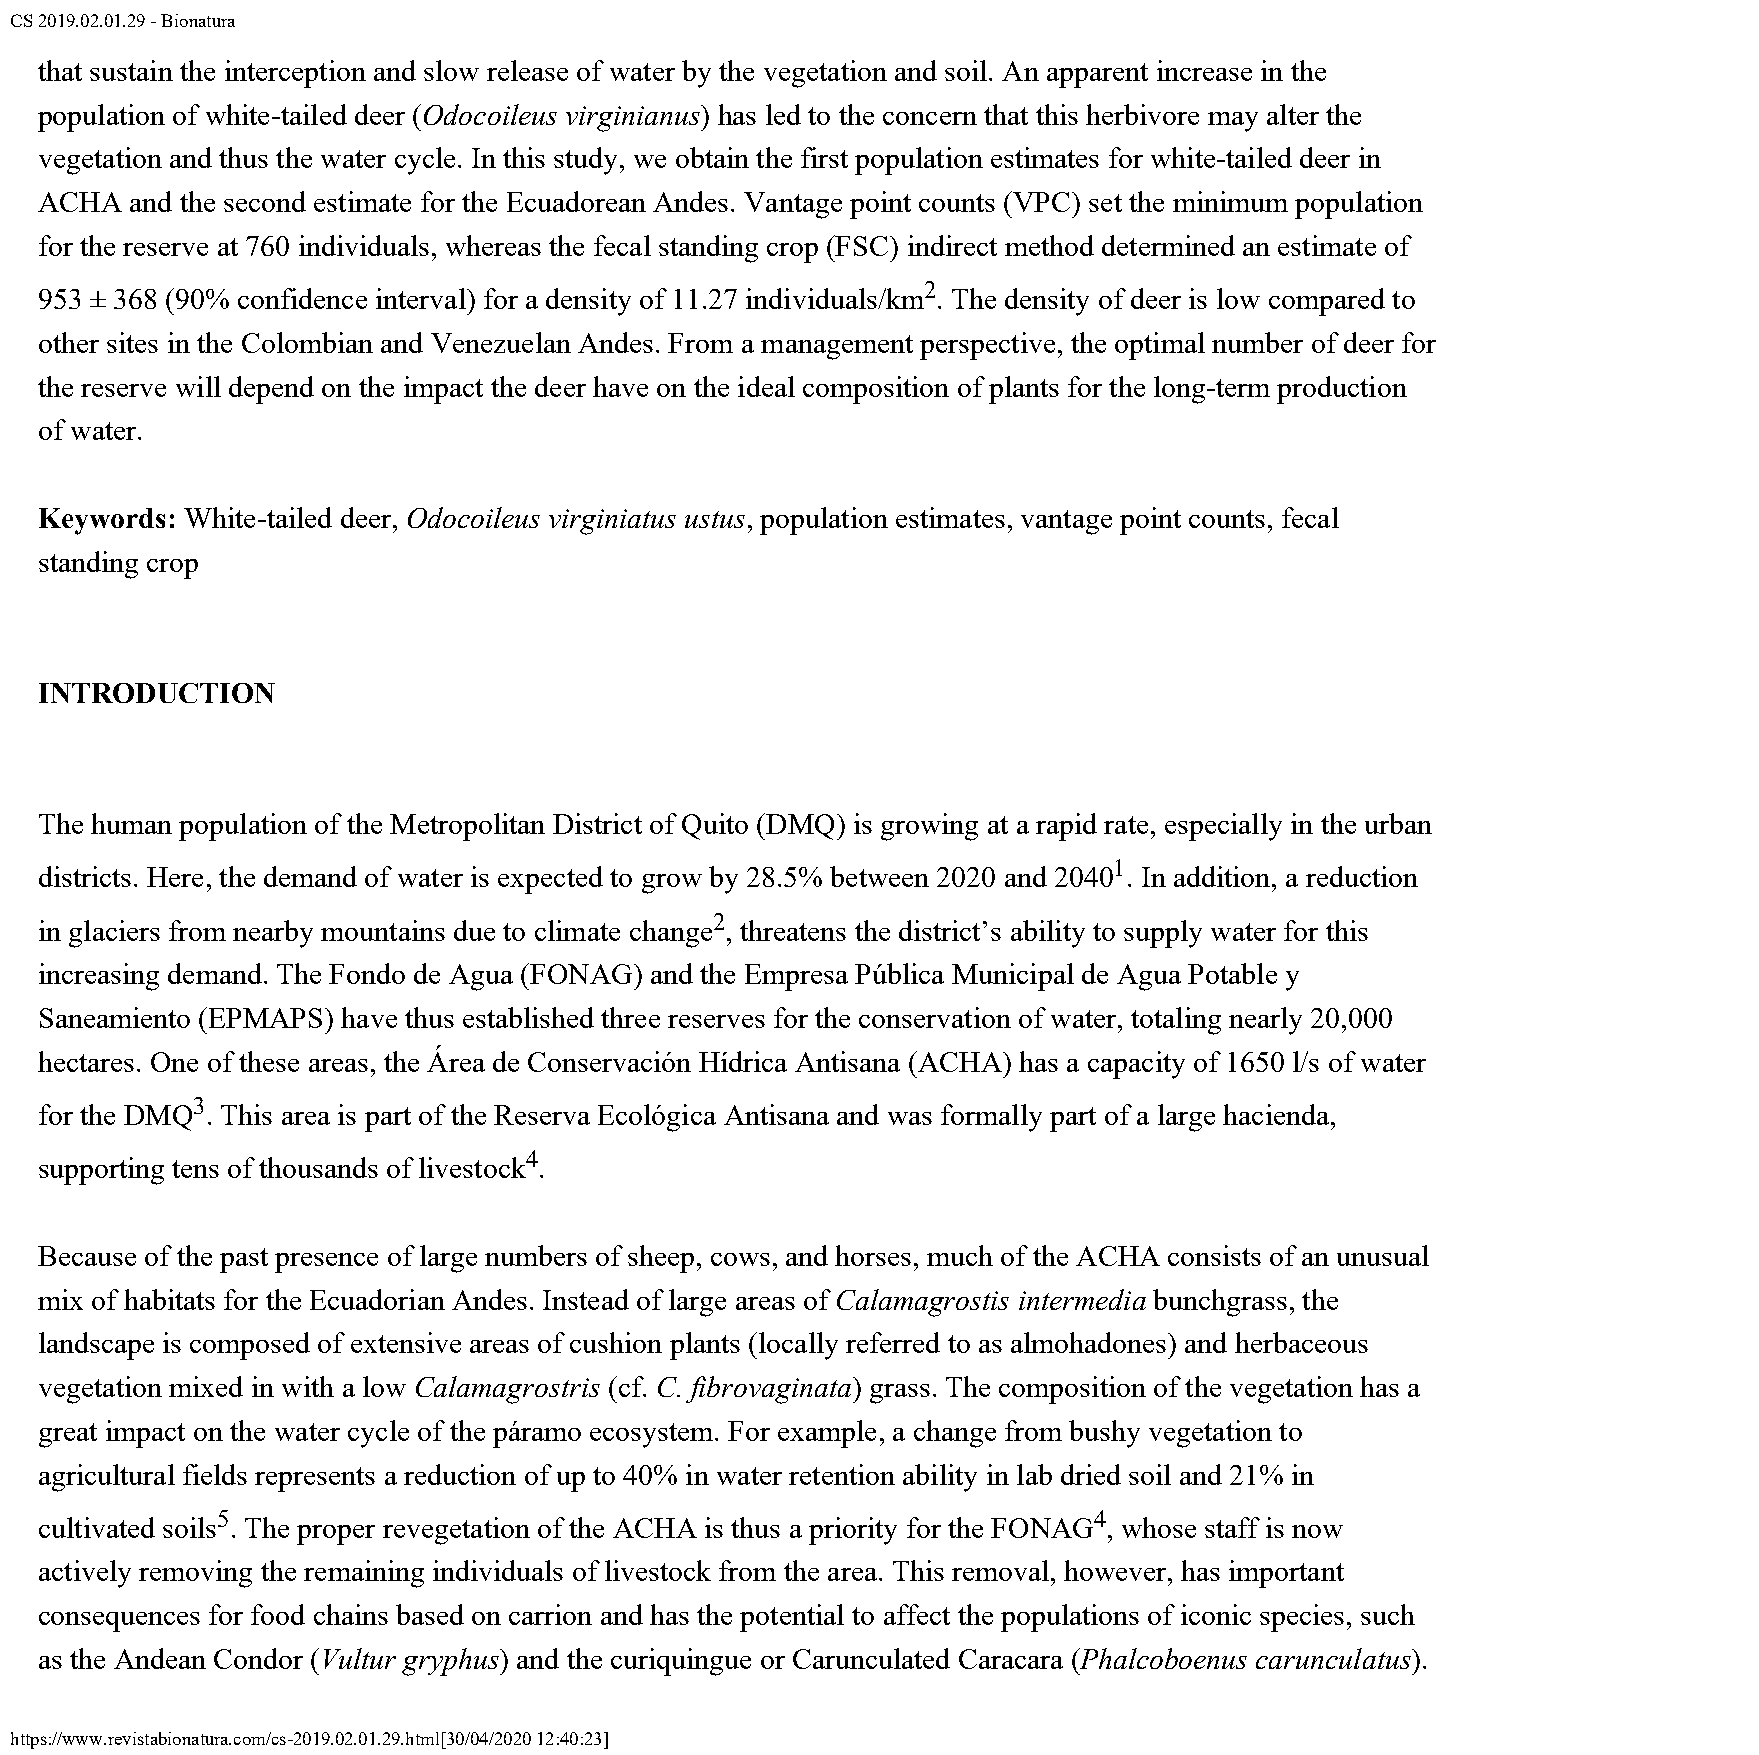
CS 2019.02.01.29 - Bionatura
 that sustain the interception and slow release of water by the vegetation and soil. An apparent increase in the
 population of white-tailed deer (Odocoileus virginianus) has led to the concern that this herbivore may alter the
 vegetation and thus the water cycle. In this study, we obtain the first population estimates for white-tailed deer in
 ACHA  and the second estimate for the Ecuadorean Andes. Vantage point counts (VPC) set the minimum population
 for the reserve at 760 individuals, whereas the fecal standing crop (FSC) indirect method determined an estimate of
 2
 953 ± 368 (90% confidence interval) for a density of 11.27 individuals/km . The density of deer is low compared to
 other sites in the Colombian and Venezuelan Andes. From a management perspective, the optimal number of deer for
 the reserve will depend on the impact the deer have on the ideal composition of plants for the long-term production
 of water.
 Keywords: White-tailed deer, Odocoileus virginiatus ustus, population estimates, vantage point counts, fecal
 standing crop
 INTRODUCTION
 The human population of the Metropolitan District of Quito (DMQ) is growing at a rapid rate, especially in the urban
 1
 districts. Here, the demand of water is expected to grow by 28.5% between 2020 and 2040 . In addition, a reduction
 2
 in glaciers from nearby mountains due to climate change , threatens the district’s ability to supply water for this
 increasing demand. The Fondo de Agua (FONAG) and the Empresa Pública Municipal de Agua Potable y
 Saneamiento (EPMAPS) have thus established three reserves for the conservation of water, totaling nearly 20,000
 hectares. One of these areas, the Área de Conservación Hídrica Antisana (ACHA) has a capacity of 1650 l/s of water
 3
 for the DMQ . This area is part of the Reserva Ecológica Antisana and was formally part of a large hacienda,
 4
 supporting tens of thousands of livestock .
 Because of the past presence of large numbers of sheep, cows, and horses, much of the ACHA consists of an unusual
 mix of habitats for the Ecuadorian Andes. Instead of large areas of Calamagrostis intermedia bunchgrass, the
 landscape is composed of extensive areas of cushion plants (locally referred to as almohadones) and herbaceous
 vegetation mixed in with a low Calamagrostris (cf. C. fibrovaginata) grass. The composition of the vegetation has a
 great impact on the water cycle of the páramo ecosystem. For example, a change from bushy vegetation to
 agricultural fields represents a reduction of up to 40% in water retention ability in lab dried soil and 21% in
 5                                                         4
 cultivated soils . The proper revegetation of the ACHA is thus a priority for the FONAG , whose staff is now
 actively removing the remaining individuals of livestock from the area. This removal, however, has important
 consequences for food chains based on carrion and has the potential to affect the populations of iconic species, such
 as the Andean Condor (Vultur gryphus) and the curiquingue or Carunculated Caracara (Phalcoboenus carunculatus).
 https://www.revistabionatura.com/cs-2019.02.01.29.html[30/04/2020 12:40:23]